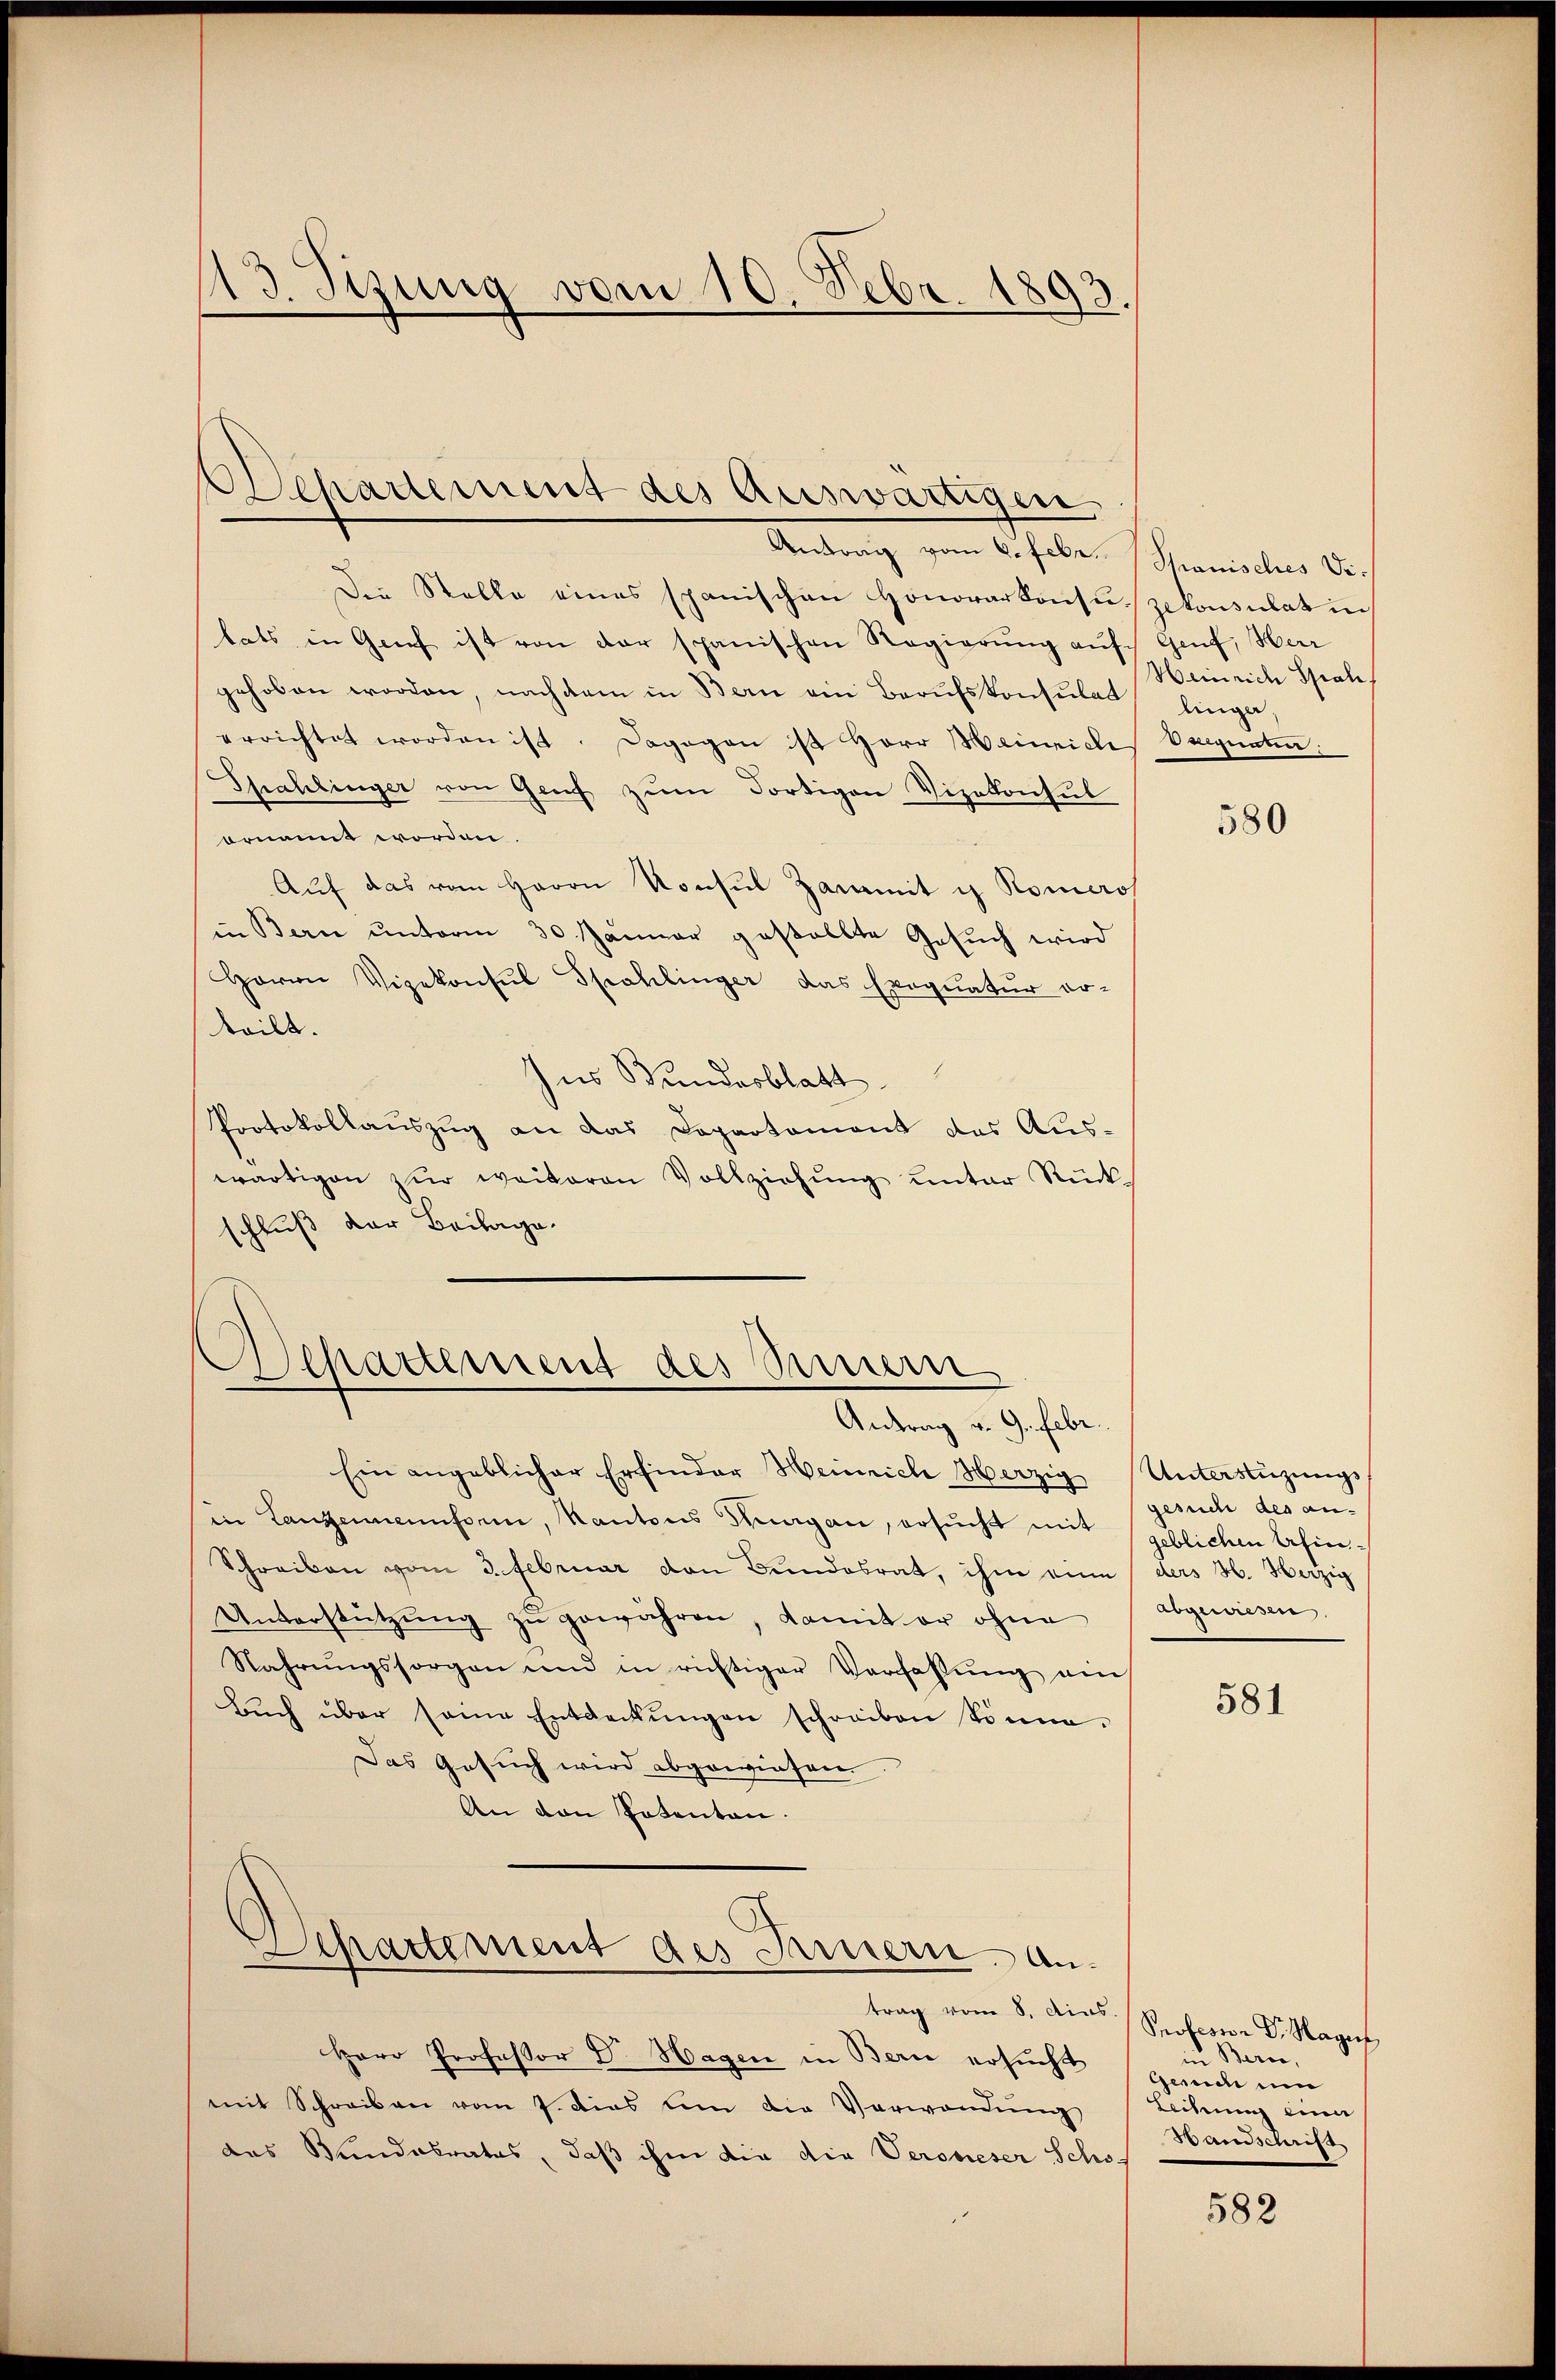
13. Sizung vom 10. Febr. 1893.

Departement des Auswärtigen.

Antrag vom 6. Febr. Spanisches Di-
Die Stelle eines spanischen Honorarkonsuzekonsulat in
lats in Genf ist von der spanischen Regierŭng aŭf Genf, Herr
gehoben worden, nachdem in Bern ein Berufskonsulat
errichtet worden ist. Dagegen ist Herr Heinrich
Spahlinger von Genf zum dortigen Vizekonsul
ornannt worden.
Auf das vom Herrn Konsul Zaramit i Römero
in Bern ŭnterm 30. Januar gestellte Gesŭch wird
Herrn Vizekonsul Spahlinger das Exequatur er-
teilt.
Ins Bundesblatt
Protokollauszug an das Departement das Auswärtigen zŭr weiteren Vollziehung unter Rückschluß der Beilage.

Departement des Sinnern
Antrag v. 9. Febr.

Ein angeblicher Erfinder Heinrich Herzig Unterstüzungs
in Langemeinsein, Kantons Thurgau, ersucht mit
Schreiben vom 3. Februar von Bundesrat, ihm eine
Unterstützŭng zŭ gewähren, damit er ohne
Nahrungssorgen und in richtiger Verfassŭng ein
Bŭch über seine Entdeckŭngen schreiben könne.
Das Gesuch wird abgewiesen
An den Potenten.
Departement des Feuern antrag vom 8. dies.
Herr Professor Dr. Hagen in Bern ersucht
mit Schreiben vom 7. dies um die Verwendung  Leihung einer
das Bundesrates, daß ihm die die Veroneser Scho-

Heinrich Spal
linger
eigneten.

580

gesuch des an-
geblichen Alinders H. Herzig
abgewiesen,

581

Professor Dr. Hagen,
in Beron,
Gerich um
Wandschrifs

582